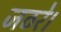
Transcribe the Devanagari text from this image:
जठरे।